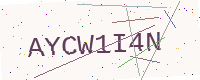
Text: AYCW1I4N